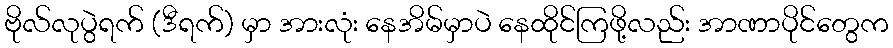
ဗိုလ်လုပွဲရက် (ဒီရက်) မှာ အားလုံး နေအိမ်မှာပဲ နေထိုင်ကြဖို့လည်း အာဏာပိုင်တွေက